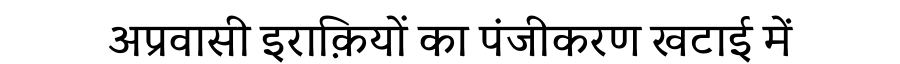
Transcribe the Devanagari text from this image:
अप्रवासी इराक़ियों का पंजीकरण खटाई में